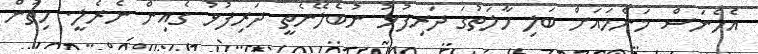
އެހެނަސް މަންމައަށް ބަލި ހާލަތުގަ ދަރިފުޅު ނުބެލޭނެތީ ދަރިފުޅު ގެއިން ނެރެލީ. ހިތުން